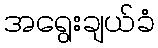
အရွေးချယ်ခံ